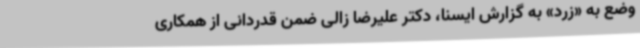
وضع به «زرد» به گزارش ایسنا، دکتر علیرضا زالی ضمن قدردانی از همکاری